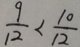
\frac { 9 } { 1 2 } < \frac { 1 0 } { 1 2 }